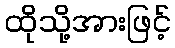
ထိုသို့အားဖြင့်